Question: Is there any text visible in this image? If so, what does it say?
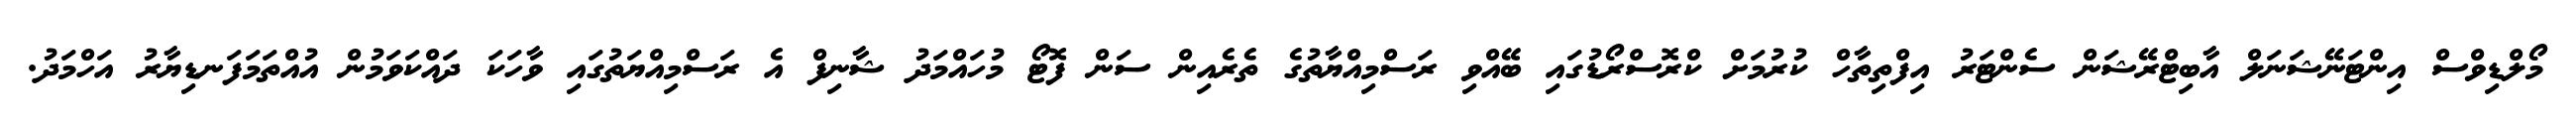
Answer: މޯލްޑިވްސް އިންޓަނޭޝަނަލް އާބިޓްރޭޝަން ސެންޓަރު އިފްތިތާހް ކުރުމަށް ކްރޮސްރޯޑުގައި ބޭއްވި ރަސްމިއްޔާތުގެ ތެރެއިން ސަން ފޮޓޯ މުހައްމަދު ޝާނިފް އެ ރަސްމިއްޔަތުގައި ވާހަކަ ދައްކަވަމުން އުއްތަމަފަނޑިޔާރު އަހްމަދު.